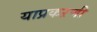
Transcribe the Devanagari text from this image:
याप्रकऱणी